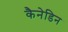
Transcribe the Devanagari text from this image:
कैनेडिन